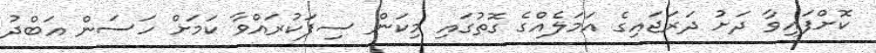
ކޮށްފައިވާ ދަށު ދަރަޖައިގެ އަމަލެއްގެ ގޮތުގައި މިކަން ސިފަކުރައްވާ ކަމަށް ހަސަން އަބްދު